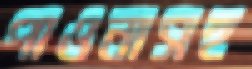
পাওনাসহ